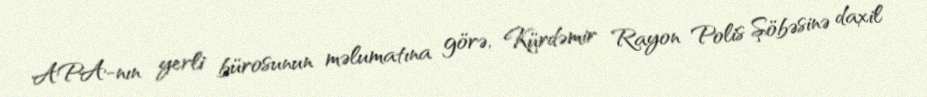
APA-nın yerli bürosunun məlumatına görə, Kürdəmir Rayon Polis Şöbəsinə daxil